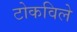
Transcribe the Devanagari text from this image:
टोकविले